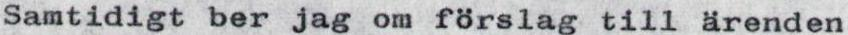
Samtidigt ber jag om förslag till ärenden